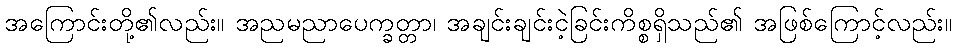
အကြောင်းတို့၏လည်း။ အညမညာပေက္ခတ္တာ၊ အချင်းချင်းငဲ့ခြင်းကိစ္စရှိသည်၏ အဖြစ်ကြောင့်လည်း။